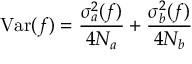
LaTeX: \mathrm { V a r } ( f ) = { \frac { \sigma _ { a } ^ { 2 } ( f ) } { 4 N _ { a } } } + { \frac { \sigma _ { b } ^ { 2 } ( f ) } { 4 N _ { b } } }